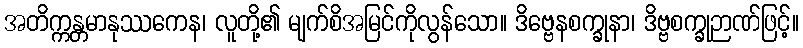
အတိက္ကန္တမာနုဿကေန၊ လူတို့၏ မျက်စိအမြင်ကိုလွန်သော။ ဒိဗ္ဗေနစက္ခုနာ၊ ဒိဗ္ဗစက္ခုဉာဏ်ဖြင့်။